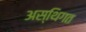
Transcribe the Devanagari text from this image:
अस्थिगत